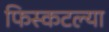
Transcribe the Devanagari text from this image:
फिस्कटल्या